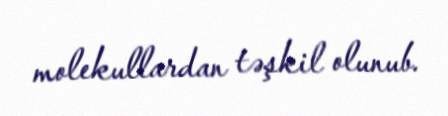
molekullardan təşkil olunub.